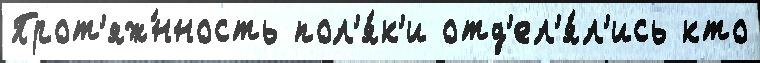
Прот'яж́нность пол'я́к'и отд'ел'я́л'ись кто